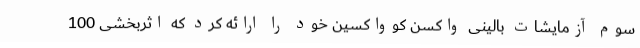
سوم آزمایشات بالینی واکسن کوواکسین خود را ارائه کرد که اثربخشی 100